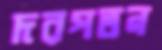
দরপতন